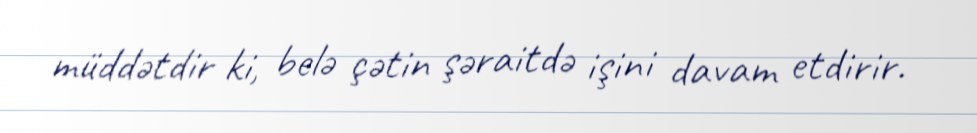
müddətdir ki, belə çətin şəraitdə işini davam etdirir.